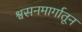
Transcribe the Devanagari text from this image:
श्वसनमार्गातून